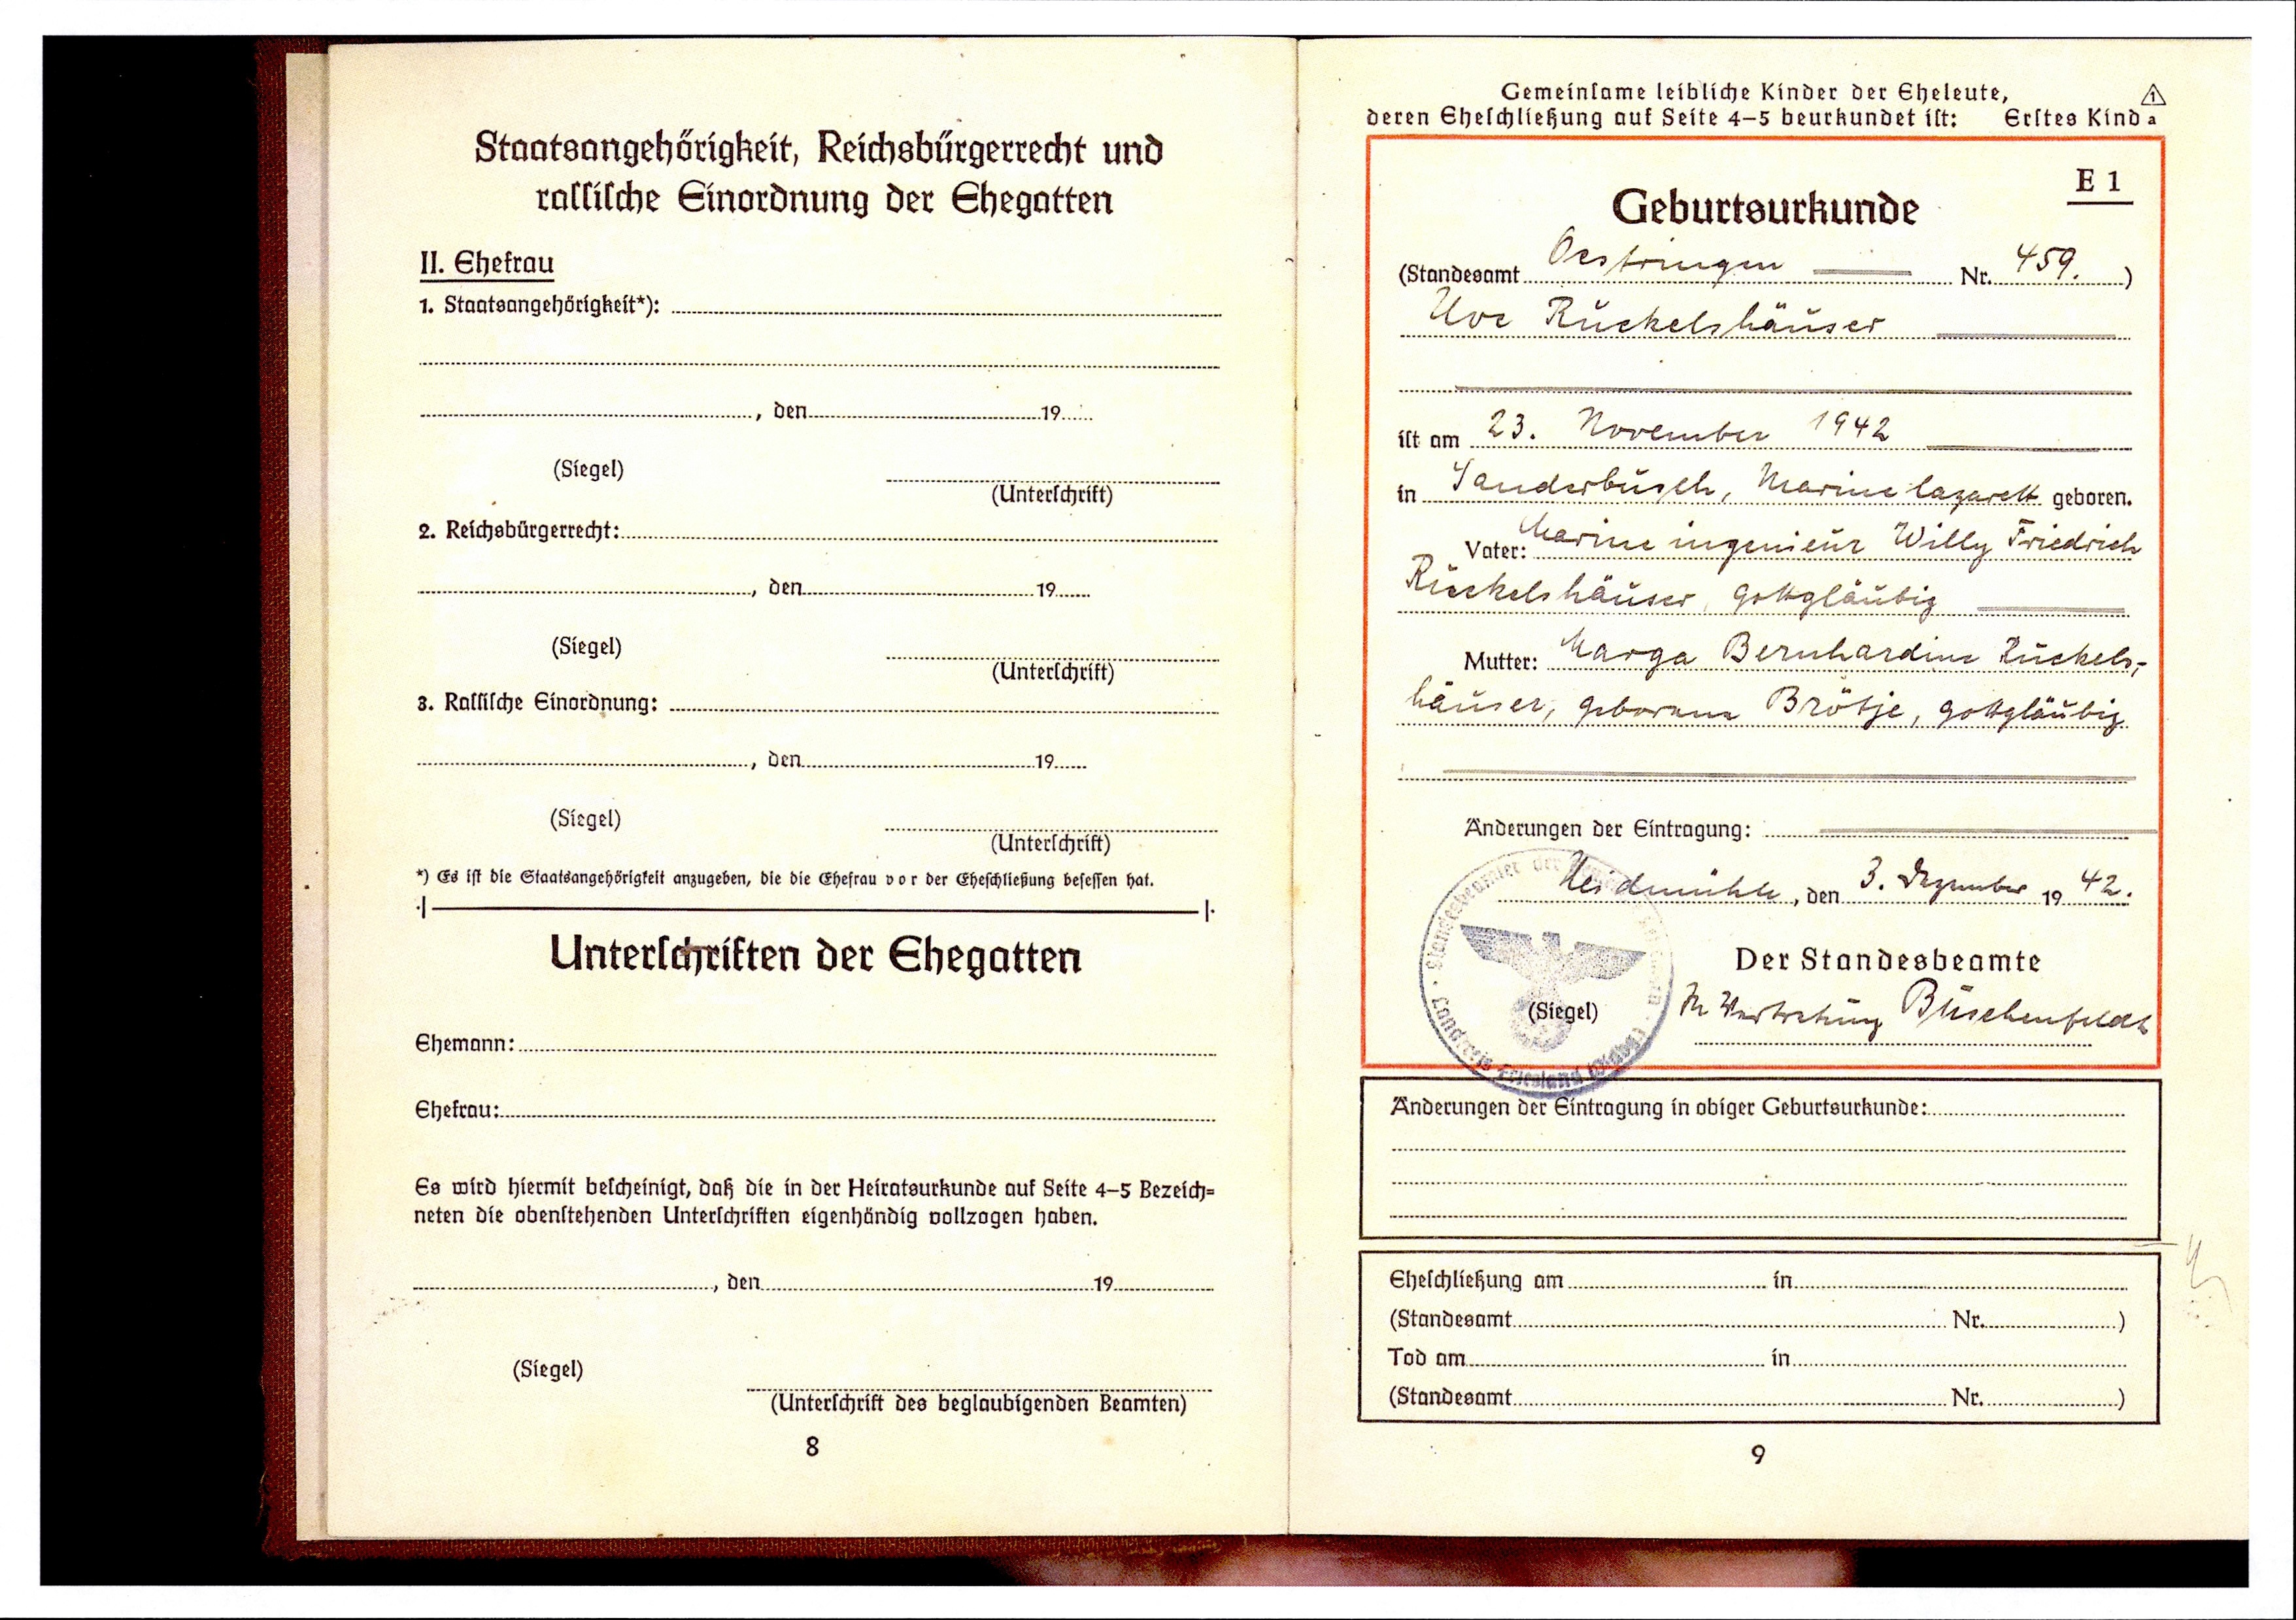
Oestringen  Nr. 459.
Uve Rückelshäuser
23. November 1942
Sanderbusch, Marinelazarett
Marineingenieur Willy Friedrich
Ruckelshäuser, gottgläubig
Marga Bernhardine Ruckels¬
häuser, geborene Brötje, gottgläubig
Heidemühle, den 3. Dezember 1942
In Vertretung Buschenfeld